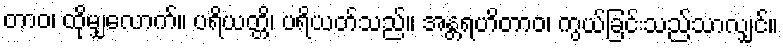
တာဝ၊ ထိုမျှလောက်။ ပရိယတ္တိ၊ ပရိယတ်သည်။ အန္တရဟိတာဝ၊ ကွယ်ခြင်းသည်သာလျှင်။